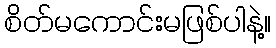
စိတ်မကောင်းမဖြစ်ပါနဲ့။